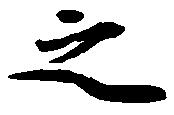
之